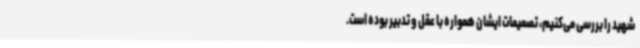
شهید را بررسی می‌کنیم، تصمیمات ایشان همواره با عقل و تدبیر بوده است.